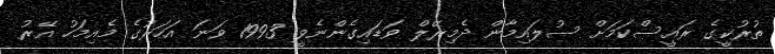
ތުރުކީގެ ރައީސްކަމަށް ސުލައިމާން ދެމިރޭލް ވަޑައިގެންނެވީ 1993 ވަނަ އަހަރުގެ މެއިމަހު އޭރު